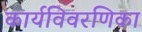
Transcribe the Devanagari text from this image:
कार्यविवरणिका